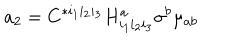
LaTeX: a _ { 2 } = C ^ { * i _ { 1 } i _ { 2 } i _ { 3 } } H _ { i _ { 1 } i _ { 2 } i _ { 3 } } ^ { a } \sigma ^ { b } \mu _ { a b }